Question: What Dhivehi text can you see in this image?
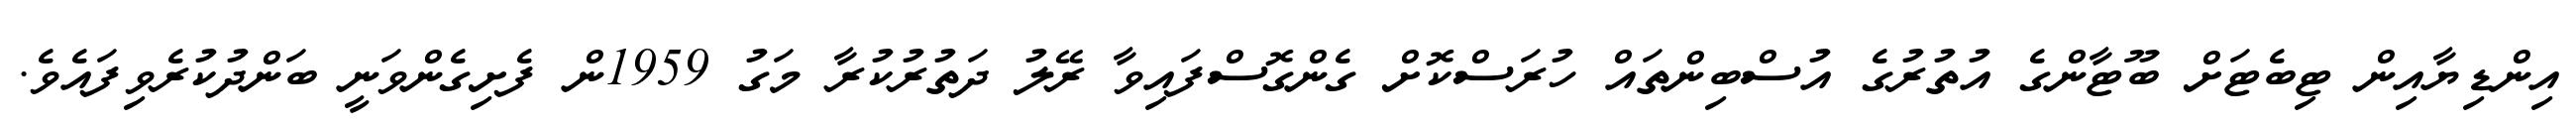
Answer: އިންޑިޔާއިން ޓިބެޓަށް ބޫޓާންގެ އުތުރުގެ އުސްބިންތައް ހުރަސްކޮށް ގެންގޮސްފައިވާ ރޭލު ދަތުރުކުރާ މަގު 1959ން ފެށިގެންވަނީ ބަންދުކުރެވިފައެވެ.